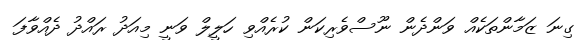
ގިނަ ޒަމާންތަކެއް ވަންދެން ނޫސްވެރިކަން ކުރެއްވި ހަލީލް ވަނީ މިއަދު ރައްދު ދެއްވާފަ